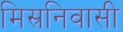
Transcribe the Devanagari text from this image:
मिस्रनिवासी